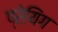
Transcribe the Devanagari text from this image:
प्रेयिंग